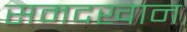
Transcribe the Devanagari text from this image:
समदखान